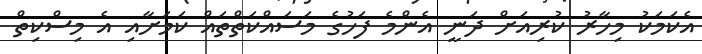
އެކަމަކު މިހާރު ކުރިއަށް ދަނީ އެންމެ ފަހުގެ މަސައްކަތްތައް ކަމަށާއި އެ މިސްކިތް